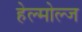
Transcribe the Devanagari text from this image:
हेल्मोल्ज